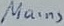
Text: Mains